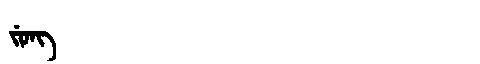
Manchu: ᠵᡠᠩ
Romanization: JUNG